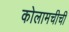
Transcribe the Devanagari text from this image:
कोलामचीची